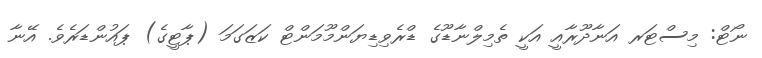
ނޯޓް: މިސްޓަރ އަނާދޫރާއީ އަކީ ތެމިލްނާޑޫގެ ޑްރެވިޑިޔަންމޫމަންޓް ކަޒަގަމަ (ޕާޓީގެ) ޕައުންޑަރެވެ. އޭނާ